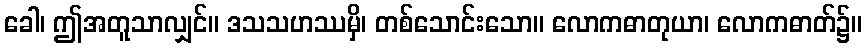
ခေါ၊ ဤအတူသာလျှင်။ ဒသသဟဿမှိ၊ တစ်သောင်းသော။ လောကဓာတုယာ၊ လောကဓာတ်၌။